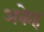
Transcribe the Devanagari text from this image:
अकेह